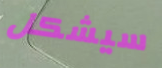
سيشكل